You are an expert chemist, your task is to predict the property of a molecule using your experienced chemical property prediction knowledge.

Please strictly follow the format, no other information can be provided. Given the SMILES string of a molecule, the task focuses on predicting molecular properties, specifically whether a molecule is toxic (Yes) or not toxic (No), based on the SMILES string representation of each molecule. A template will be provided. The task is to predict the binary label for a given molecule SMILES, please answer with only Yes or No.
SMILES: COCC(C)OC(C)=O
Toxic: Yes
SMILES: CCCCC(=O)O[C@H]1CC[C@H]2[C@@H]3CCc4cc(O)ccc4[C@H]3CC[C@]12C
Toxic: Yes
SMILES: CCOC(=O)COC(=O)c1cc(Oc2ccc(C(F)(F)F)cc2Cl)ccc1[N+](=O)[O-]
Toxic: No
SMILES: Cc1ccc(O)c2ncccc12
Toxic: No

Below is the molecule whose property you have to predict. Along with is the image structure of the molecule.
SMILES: CC(C)(C)C(O)(CCc1ccc(Cl)cc1)Cn1cncn1
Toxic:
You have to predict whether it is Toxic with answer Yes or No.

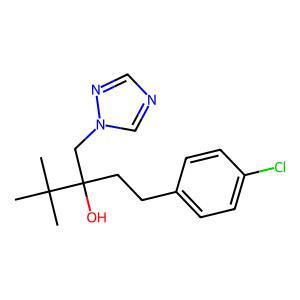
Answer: No